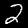
Label: 2